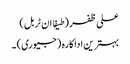
علی ظفر (طیفا ان ٹربل)
بہترین اداکارہ (جیوری) ۔